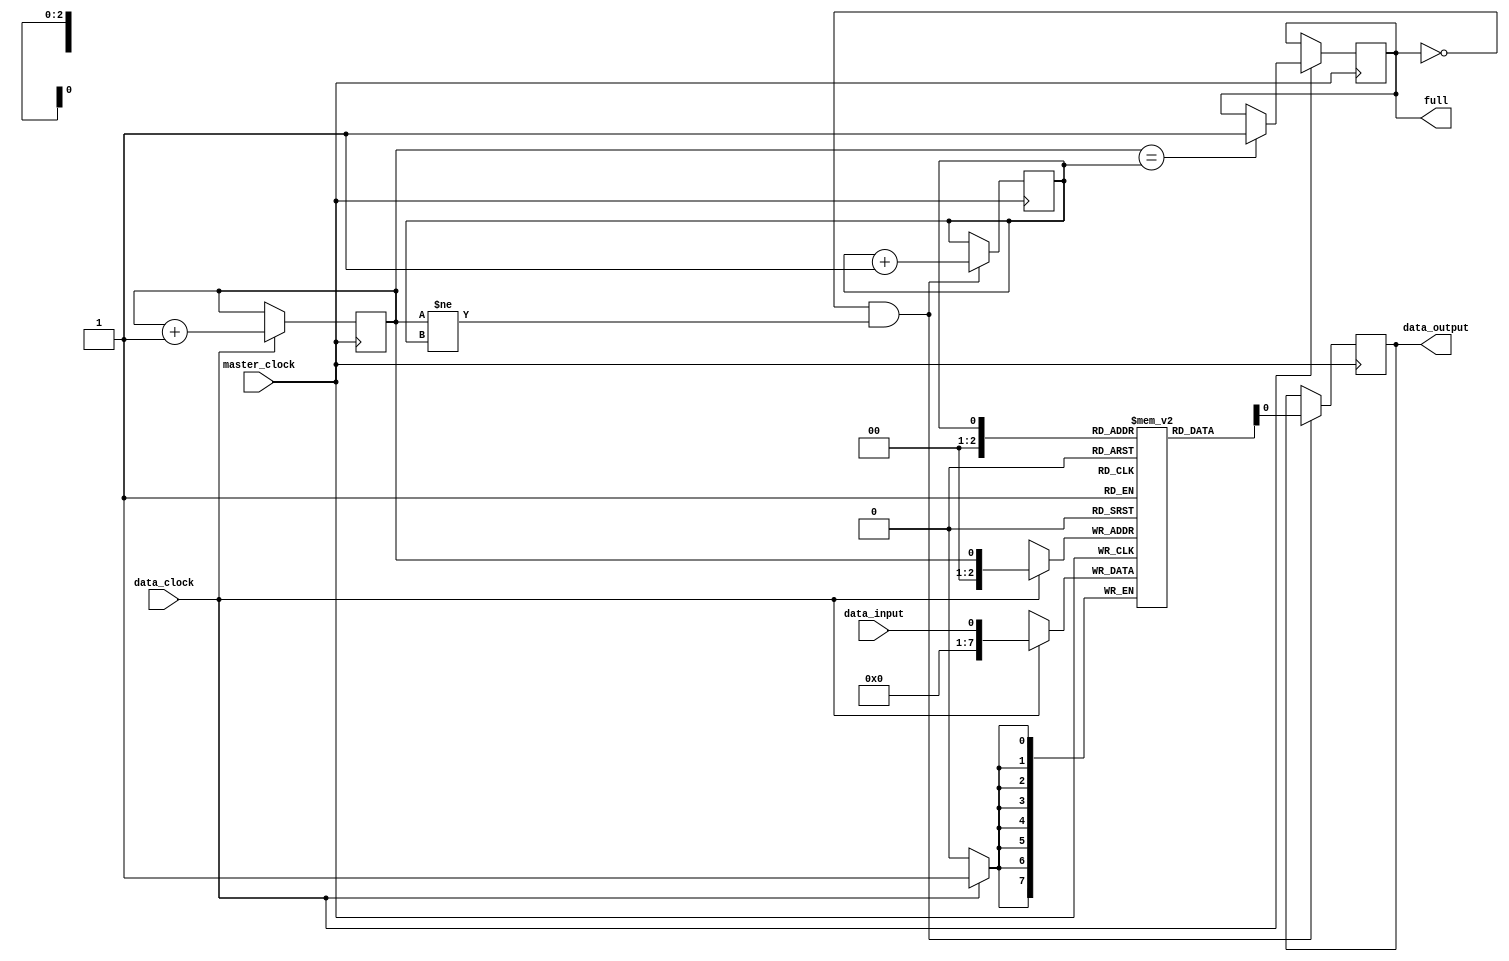
module fifo_buffer (
    input wire master_clock,
    input wire data_clock,
    input wire data_input,
    output reg data_output,
    output reg full
);

reg [7:0] fifo [0:7];
reg head, tail;

always @(posedge master_clock) begin
    if (data_clock) begin
        fifo[tail] <= data_input;
        tail <= tail + 1;
        if (tail == head) begin
            full <= 1;
        end
    end
end

always @(posedge master_clock) begin
    if (!full && tail != head) begin
        data_output <= fifo[head];
        head <= head + 1;
    end
end

endmodule